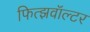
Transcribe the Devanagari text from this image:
फित्झवॉल्टर